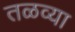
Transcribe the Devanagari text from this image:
तळव्या